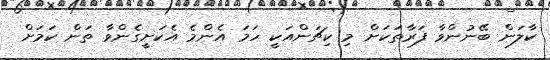
ކާލަން ބޭނުންވާ ފަރާތަކަށް މި ކިޗަންއަކީ ހަމަ އެންމެ އެކަށީގެންވާ ތަން ކަމަށް